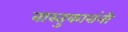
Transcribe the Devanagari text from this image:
वास्तुकारांनी